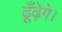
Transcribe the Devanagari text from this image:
ढूँढ़ेगे।